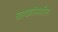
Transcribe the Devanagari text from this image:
चाकांमधील